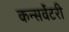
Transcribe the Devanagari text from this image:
कन्सर्वेटरी